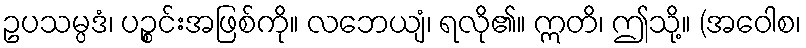
ဥပသမ္ပဒံ၊ ပဉ္စင်းအဖြစ်ကို။ လဘေယျံ၊ ရလို၏။ ဣတိ၊ ဤသို့။ (အဝေါစ၊